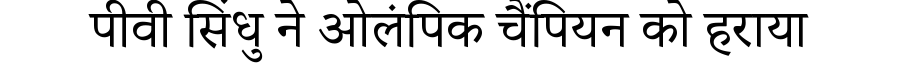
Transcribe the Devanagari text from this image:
पीवी सिंधु ने ओलंपिक चैंपियन को हराया